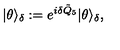
| \theta \rangle _ { \delta } : = e ^ { i \delta \tilde { Q } _ { 5 } } | \theta \rangle _ { \delta } ,